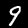
Label: 9